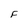
Character: F